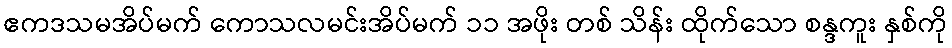
ဧကဒသမအိပ်မက် ကောသလမင်းအိပ်မက် ၁၁ အဖိုး တစ် သိန်း ထိုက်သော စန္ဒကူး နှစ်ကို